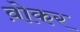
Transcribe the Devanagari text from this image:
व़ोकर